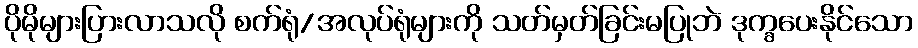
ပိုမိုများပြားလာသလို စက်ရုံ/အလုပ်ရုံများကို သတ်မှတ်ခြင်းမပြုဘဲ ဒုက္ခပေးနိုင်သော